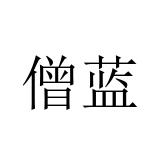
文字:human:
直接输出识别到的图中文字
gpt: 僧蓝